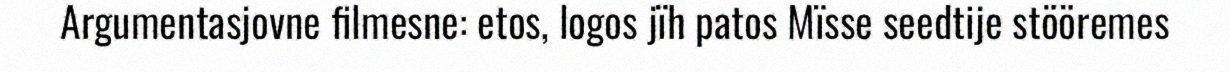
Argumentasjovne filmesne: etos, logos jïh patos Mïsse seedtije stööremes